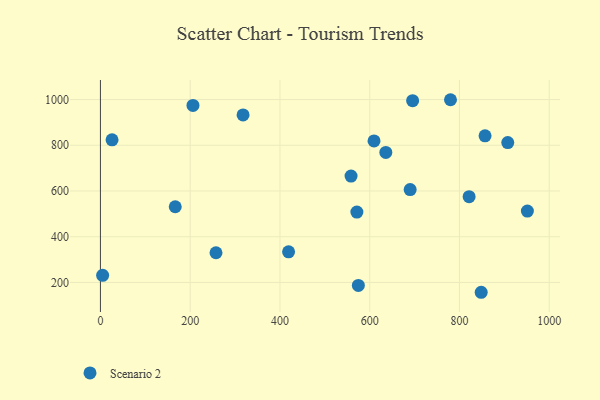
{"axis": {"x": "Price", "y": "Demand"}, "legend": ["Scenario 2"], "data": [{"x": "317.8", "y": 932.6, "type": "Scenario 2"}, {"x": "558.4", "y": 665.3, "type": "Scenario 2"}, {"x": "206.2", "y": 974.4, "type": "Scenario 2"}, {"x": "609.6", "y": 819.2, "type": "Scenario 2"}, {"x": "907.6", "y": 811.7, "type": "Scenario 2"}, {"x": "951.3", "y": 512.1, "type": "Scenario 2"}, {"x": "166.7", "y": 531.2, "type": "Scenario 2"}, {"x": "257.5", "y": 329.9, "type": "Scenario 2"}, {"x": "857.0", "y": 841.5, "type": "Scenario 2"}, {"x": "571.4", "y": 507.8, "type": "Scenario 2"}, {"x": "821.5", "y": 575.0, "type": "Scenario 2"}, {"x": "25.9", "y": 823.7, "type": "Scenario 2"}, {"x": "419.2", "y": 333.9, "type": "Scenario 2"}, {"x": "695.6", "y": 995.1, "type": "Scenario 2"}, {"x": "574.7", "y": 187.1, "type": "Scenario 2"}, {"x": "635.9", "y": 768.7, "type": "Scenario 2"}, {"x": "848.4", "y": 157.1, "type": "Scenario 2"}, {"x": "780.0", "y": 999.2, "type": "Scenario 2"}, {"x": "690.1", "y": 606.2, "type": "Scenario 2"}, {"x": "4.9", "y": 231.3, "type": "Scenario 2"}]}